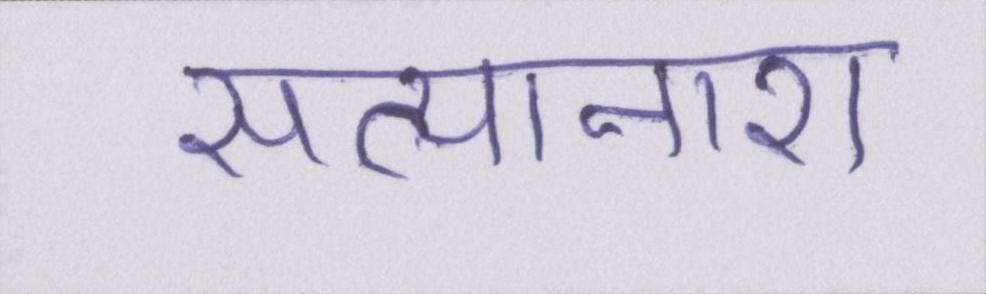
सत्यानाश